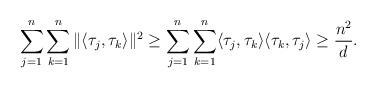
LaTeX: \begin{align*}\sum_{j=1}^n\sum_{k=1}^n\|\langle \tau_j, \tau_k\rangle \|^{2} \geq \sum_{j=1}^n\sum_{k=1}^n\langle \tau_j, \tau_k\rangle \langle \tau_k, \tau_j\rangle \geq \frac{n^2}{{d}}.\end{align*}